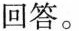
回答。